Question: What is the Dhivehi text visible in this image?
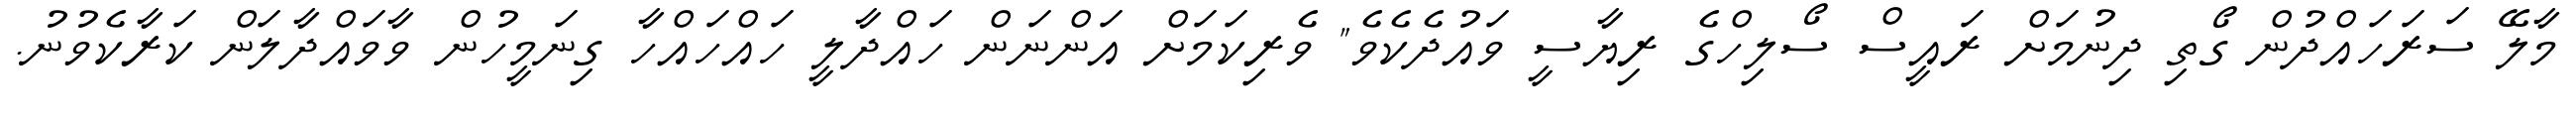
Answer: މާލޭ ސަރަހައްދުން ގޯތި ދިނުމަށް ރައީސް ސޯލިހްގެ ރިޔާސީ ވައުދެކެވެ" ވެރިކަމަށް އަންނަން ހައްދާލީ ހައްހައްހާ ގިނަމީހުން ވާވައްދާލަން ކަރާކެވުނު.